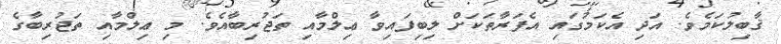
ޤާބިލުކަމެވެ. އަދި އެކަމުގައި އެފަރާތަކަށް ލިބިފައިވާ ޢިލްމާއި ތަޖުރިބާއެވެ. މި ޢިލްމާއި ތަޖުރިބާގެ